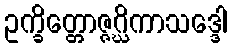
ဥက္ခိတ္တောဇ္ဇဂ္ဃိကာသဒ္ဒေါ